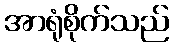
အာရုံစိုက်သည်